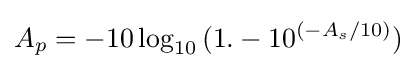
A_{p}=-10\log _{10}{(1.-10^{(-A_{s}/10)})}